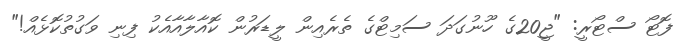
ފޮޓޯ ސްޓޯރީ: "ޖީ20ގެ ހޫނުގަދަ ސަމިޓްގެ ތެރެއިން ލީޑަރުން ކޮއާލާއާއެކު ފިނި ވަގުތުކޮޅެއް!"